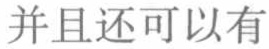
并且还可以有